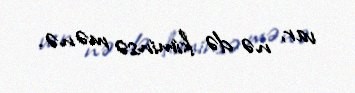
var, nə də kiminsə mənə.